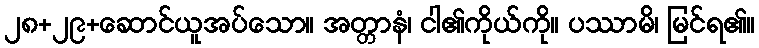
၂၈+၂၉+ဆောင်ယူအပ်သော။ အတ္တာနံ၊ ငါ၏ကိုယ်ကို။ ပဿာမိ၊ မြင်ရ၏။